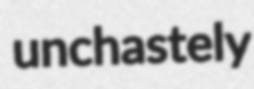
unchastely